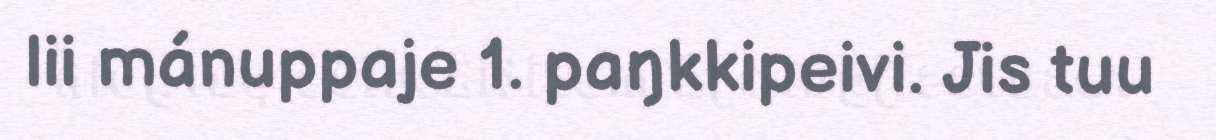
lii mánuppaje 1. paŋkkipeivi. Jis tuu